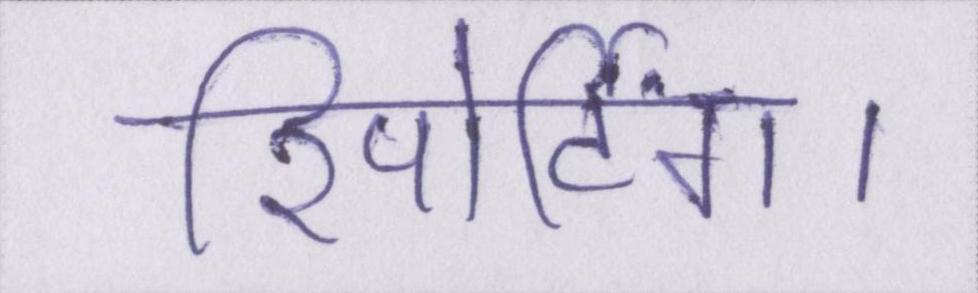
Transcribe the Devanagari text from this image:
रिपोर्टिंग।